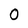
Character: 0